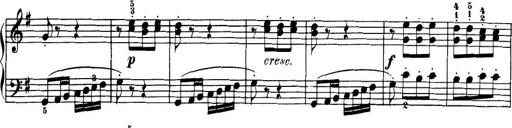
Title: 32 Sonatinas and Rondos for the Piano
Composer: Richard Kleinmichel